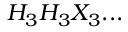
H _ { 3 } H _ { 3 } X _ { 3 } . . .